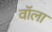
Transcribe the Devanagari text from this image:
वॉला